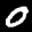
Label: 0